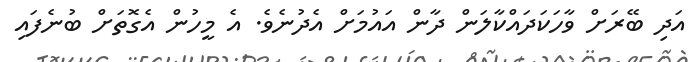
އަދި ބޭރަށް ވާހަކަދައްކާލަން ދާން އައުމަށް އެދުނެވެ. އެ މީހުން އެގޮތަށް ބުނެފައި